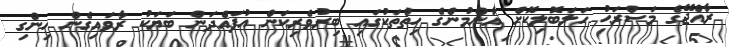
ރާއްޖޭގެ މަސްރަޙު ހަލަބޮލިކޮށް އާންމުންގެ ހިތްތަކުގައި ބިރުވެރިކަން އުފައްދަން ބަޔަކު ރާވައިގެން ހިންގި